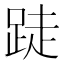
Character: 跿